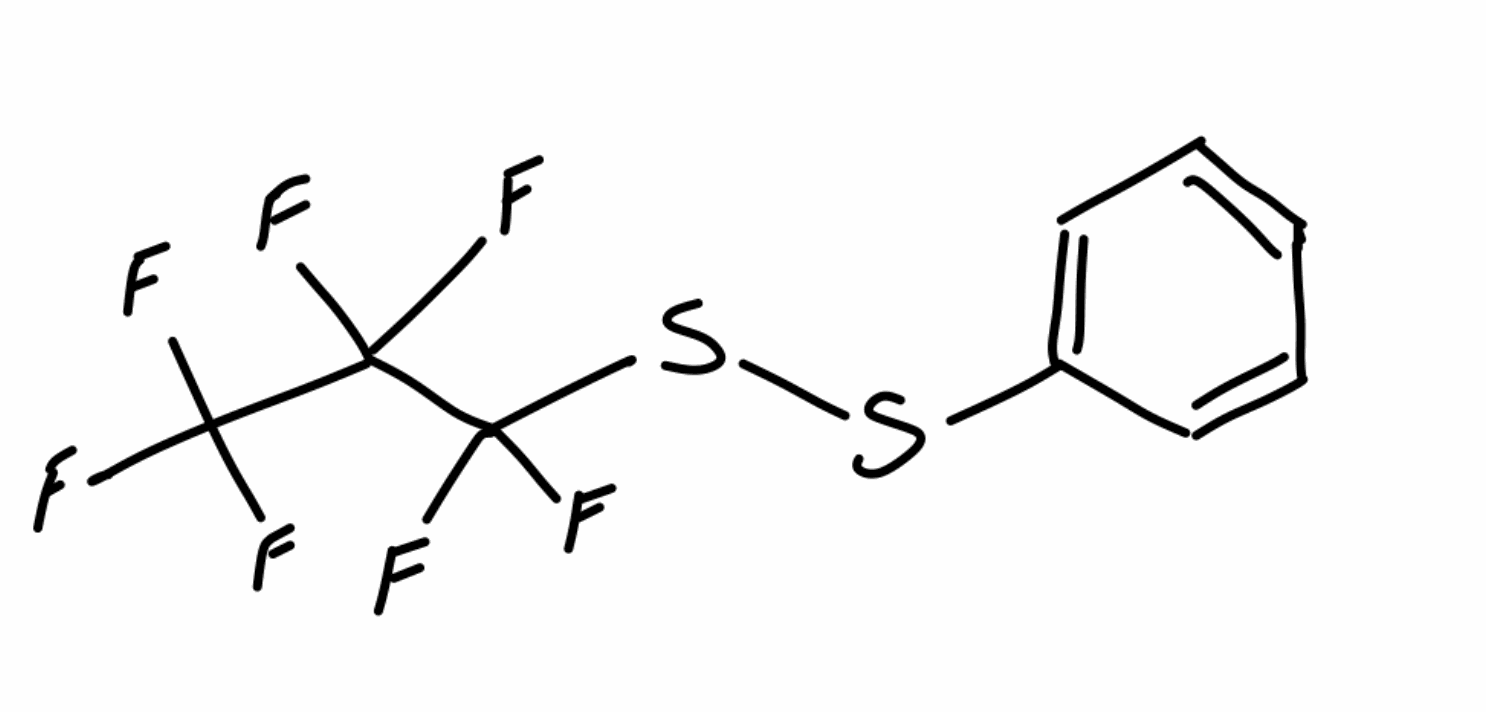
Simplified molecular-input line-entry system (SMILES) notation of the given molecule:
C1=CC=C(C=C1)SSC(C(C(F)(F)F)(F)F)(F)F